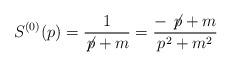
LaTeX: \begin{align*}S^{(0)} (p) = \frac{1}{\not{\!p} + m} = \frac{- \not{\!p} + m}{p^{2} +m^{2}}\end{align*}